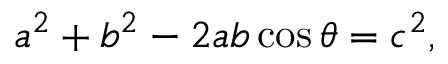
a ^ { 2 } + b ^ { 2 } - 2 a b \cos { \theta } = c ^ { 2 } ,